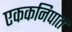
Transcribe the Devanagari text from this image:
एककनिपात